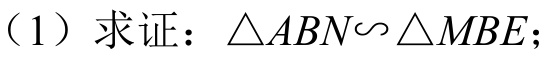
（1）求证：\(\triangle ABN\backsim\triangle MBE\)；